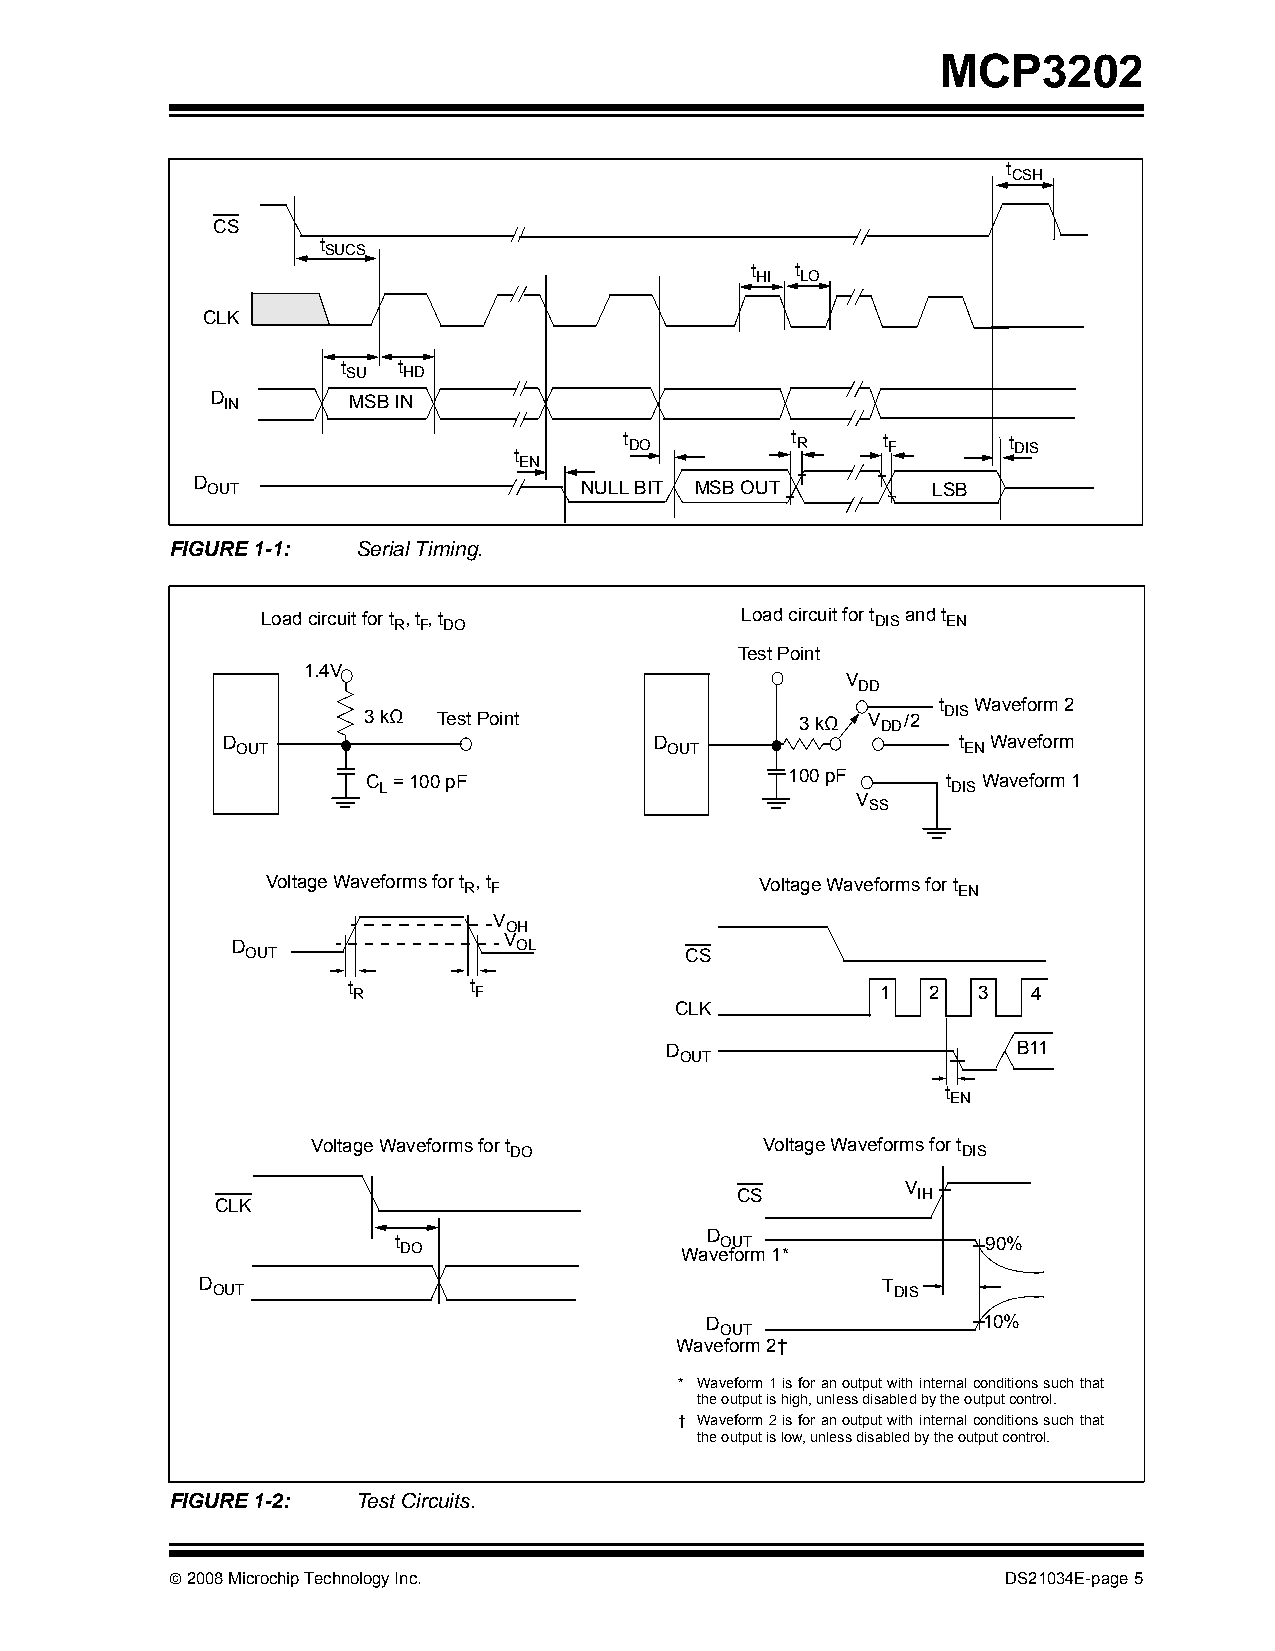
MCP3202
 t
 CSH
 CS
 t
 SUCS
 t  t
 HI LO
 CLK
 t  t
 SU  HD
 D IN     MSB IN
 t      t DO       t R   t F      t DIS
 EN
 D OUT                    NULL BIT MSB OUT        LSB
 FIGURE 1-1:  Serial Timing.
 Load circuit for t R, t F, t DO Load circuit for t DIS and t EN
 Test Point
 1.4V
 V
 DD
 t Waveform 2
 3kΩ  Test Point              3kΩ V DD/2 DIS
 D                           D                   t  Waveform
 OUT                         OUT                 EN
 C = 100pF                   100pF      t Waveform 1
 L                                     DIS
 V
 SS
 Voltage Waveforms for t R, t F  Voltage Waveforms for t EN
 V
 OH
 V
 D                  OL
 OUT                          CS
 t R     t F                        1   2  3  4
 CLK
 D                      B11
 OUT
 t
 EN
 Voltage Waveforms for t       Voltage Waveforms for t
 DO                            DIS
 V
 CS          IH
 CLK
 t DO               WaD veO fU oT rm 1* 90%
 D OUT                                        T DIS
 D                 10%
 OUT
 Waveform 2†
 * Waveform 1 is for an output with internal conditions such that
 the output is high, unless disabled by the output control.
 † Waveform 2 is for an output with internal conditions such that
 the output is low, unless disabled by the output control.
 FIGURE 1-2:  Test Circuits.
 © 2008 Microchip Technology Inc.                        DS21034E-page 5